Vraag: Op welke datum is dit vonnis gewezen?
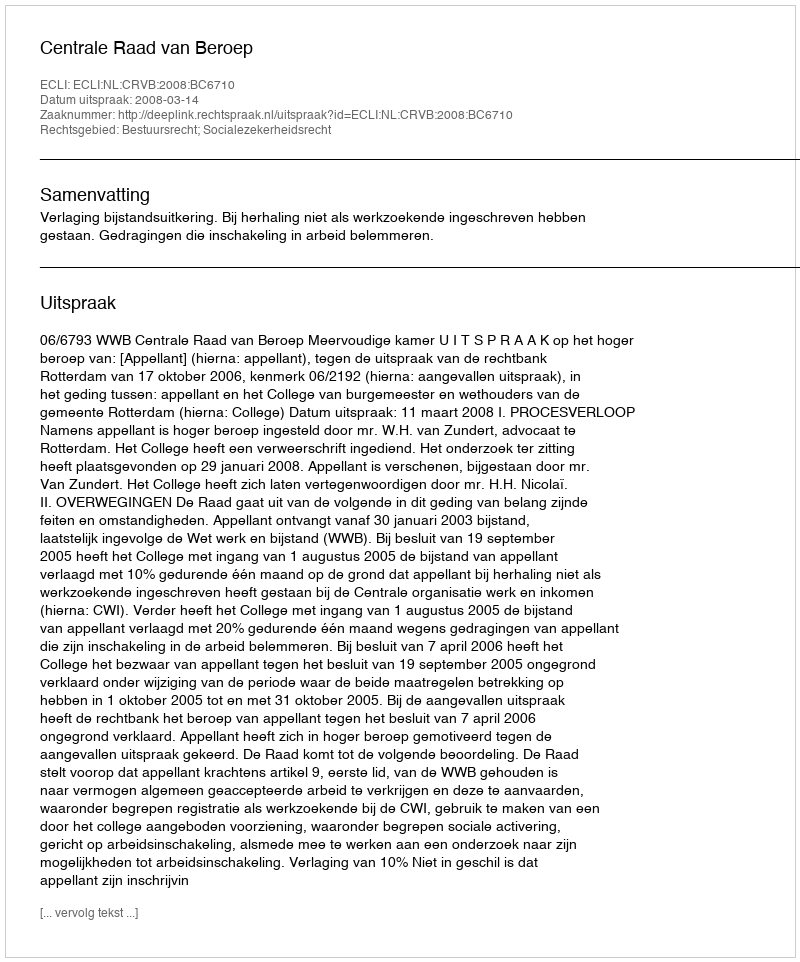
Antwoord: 2008-03-14